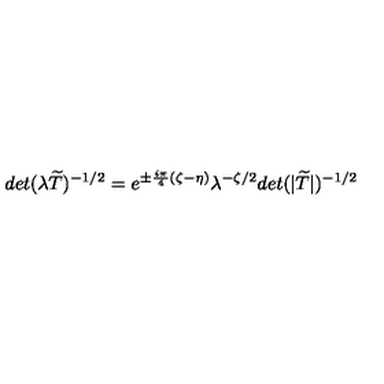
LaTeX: d e t ( \lambda \widetilde { T } ) ^ { - 1 / 2 } = e ^ { \pm \frac { i \pi } { 4 } ( \zeta - \eta ) } \lambda ^ { - \zeta / 2 } d e t ( | \widetilde { T } | ) ^ { - 1 / 2 }